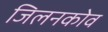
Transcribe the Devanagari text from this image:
जिलनकोव